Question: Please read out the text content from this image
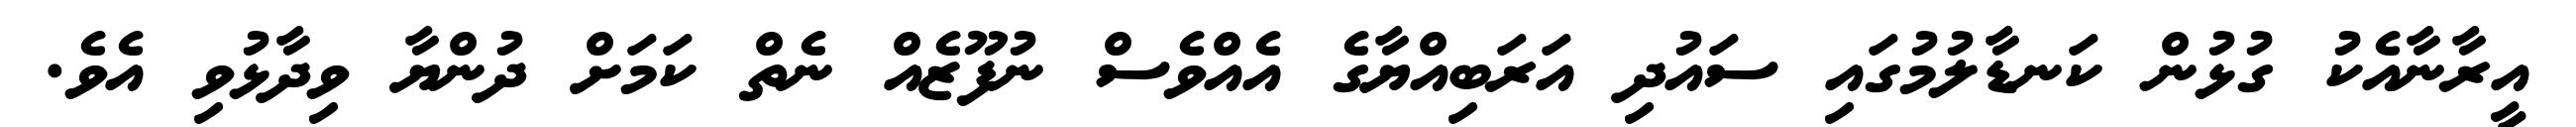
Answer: އީރާނާއެކު ގުޅުން ކަނޑާލުމުގައި ސައުދި އަރަބިއްޔާގެ އެއްވެސް ނުފޫޒެއް ނެތް ކަމަށް ދުންޔާ ވިދާޅުވި އެވެ.